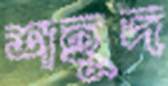
শহুদ